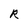
Character: R